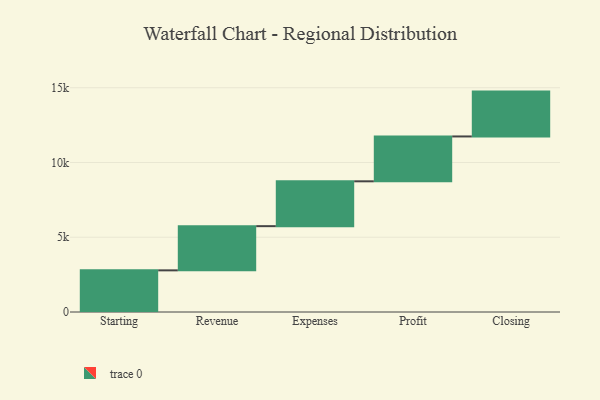
{"axis": {"x": "Step", "y": "Value"}, "legend": [""], "data": [{"x": "Starting", "y": 2786.0, "type": ""}, {"x": "Revenue", "y": 2955.0, "type": ""}, {"x": "Expenses", "y": 3000, "type": ""}, {"x": "Profit", "y": 3000, "type": ""}, {"x": "Closing", "y": 3000, "type": ""}]}